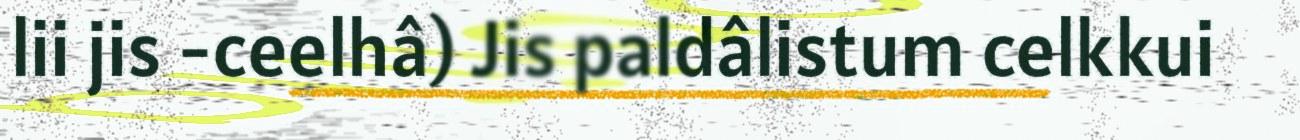
lii jis -ceelhâ) Jis paldâlistum celkkui